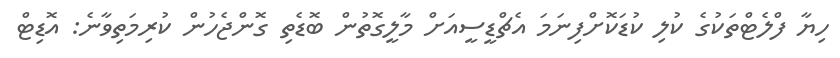
ހިޔާ ފްލެޓްތަކުގެ ކުލި ކުޑަކޮށްފިނަމަ އެޗްޑީސީއަށް މާލީގޮތުން ބޮޑެތި ގޮންޖެހުން ކުރިމަތިވާނެ: އޮޑިޓް